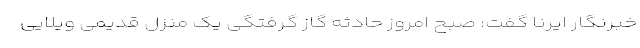
خبرنگار ایرنا گفت: صبح امروز حادثه گاز گرفتگی یک منزل قدیمی ویلایی